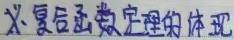
X - 复变函数定理的体现